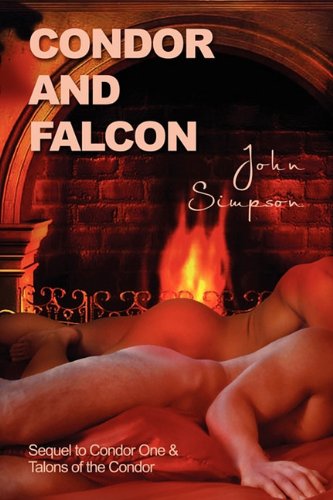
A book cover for Condor and Falcon; John Simpson; Romance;